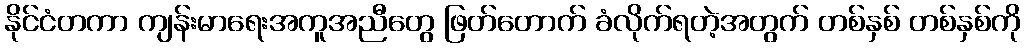
နိုင်ငံတကာ ကျန်းမာရေးအကူအညီတွေ ဖြတ်တောက် ခံလိုက်ရတဲ့အတွက် တစ်နှစ် တစ်နှစ်ကို